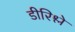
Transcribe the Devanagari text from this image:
डीरिश्ले